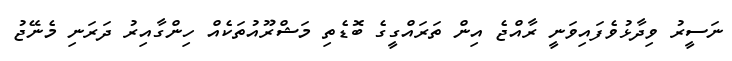
ނަސީރު ވިދާޅުވެފައިވަނީ ރާއްޖެ އިން ތަރައްގީގެ ބޮޑެތި މަޝްރޫއުތަކެއް ހިންގާއިރު ދަރަނި މެނޭޖު